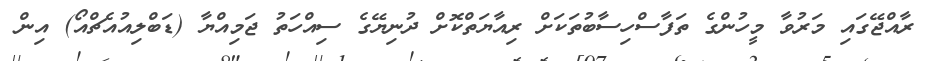
ރާއްޖޭގައި މަރުވާ މީހުންގެ ތަފާސްހިސާބުތަކަށް ރިއާޔަތްކޮށް ދުނިޔޭގެ ސިއްހަތު ޖަމިއްޔާ (ޑަބްލިއުއެޗްއޯ) އިން